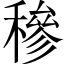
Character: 穇